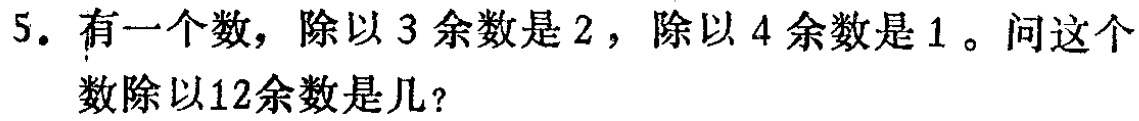
5. 有一个数，除以3余数是2，除以4余数是1。问这个数除以12余数是几？